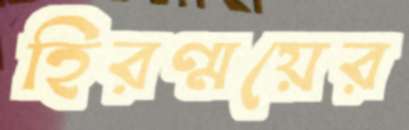
হিরণ্ময়ের